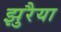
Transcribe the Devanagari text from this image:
झुरैया